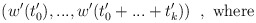
\begin{align*}(w'(t'_0),...,w'(t'_0+...+t'_k))\;\;,\mbox{ where}\end{align*}